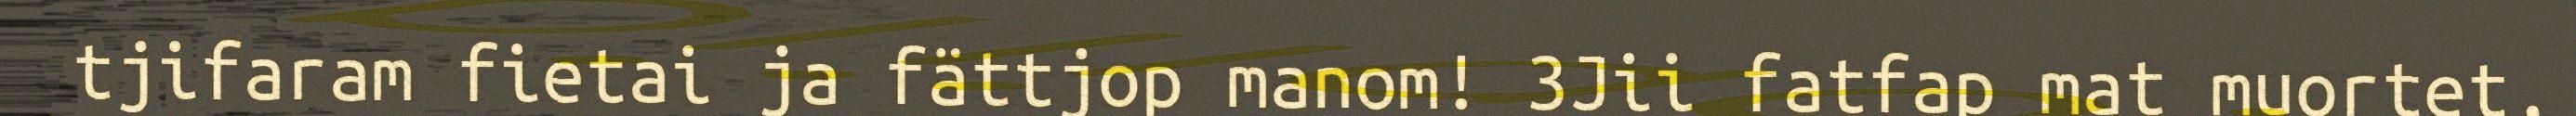
tjifaram fietai ja fättjop manom! 3Jii fatfap mat muortet,